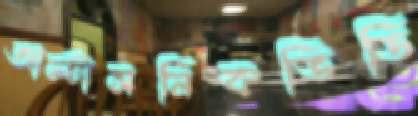
আল্টাসনিকভিডি